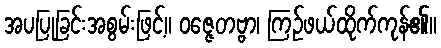
အပပြုခြင်းအစွမ်းဖြင့်။ ဝဇ္ဇေတဗ္ဗာ၊ ကြဉ်ဖယ်ထိုက်ကုန်၏။